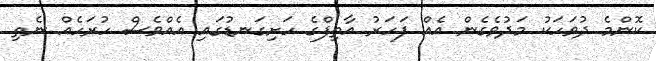
ކޮންމެ ދުވަހަކު މަދުވެގެން އެއް ފަހަރު އާތިފްގެ ހަށިގަނޑުގައި އެއްވެސް ހުރަހެއް ނެތި